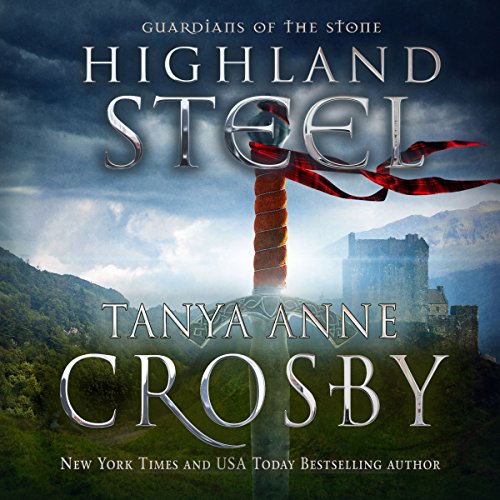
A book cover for Highland Steel (Guardians of the Stone Book 2); Tanya Anne Crosby; Romance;